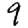
Digit: 9